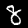
Digit: 8